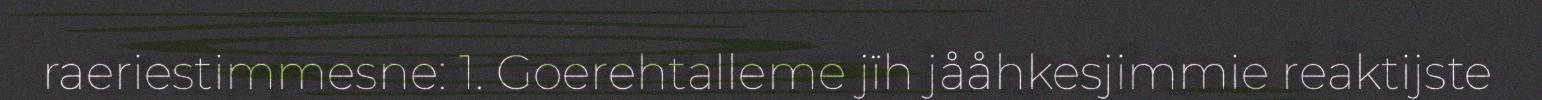
raeriestimmesne: 1. Goerehtalleme jïh jååhkesjimmie reaktijste